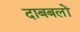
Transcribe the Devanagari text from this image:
दाबबलों